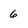
Character: 6